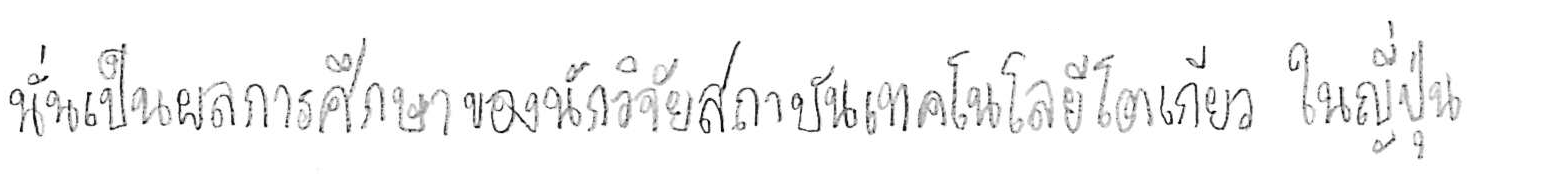
นั่นเป็นผลการศึกษาของนักวิจัยสถาบันเทคโนโลยีโตเกียว ในญี่ปุ่น